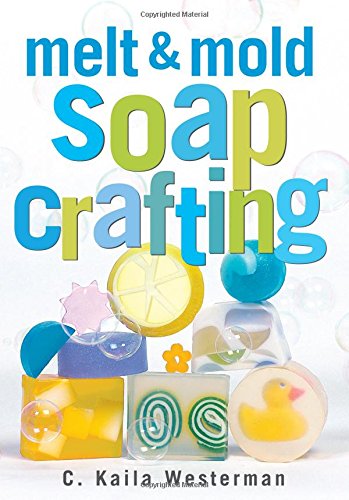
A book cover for Melt & Mold Soap Crafting; C. Kaila Westerman; Crafts, Hobbies & Home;